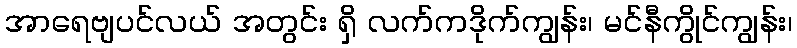
အာရေဗျပင်လယ် အတွင်း ရှိ လက်ကဒိုက်ကျွန်း၊ မင်နီကွိုင်ကျွန်း၊